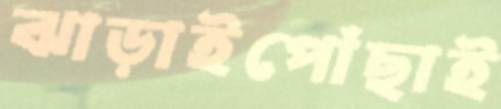
ঝাড়াইপোঁছাই